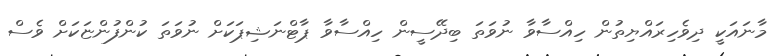
މާނައަކީ ދިވެހިރައްޔިތުން ހިއްސާވާ ނުވަތަ ބިދޭސީން ހިއްސާވާ ޕާޓްނަޝިޕަކަށް ނުވަތަ ކުންފުންޏަކަށް ވެސް